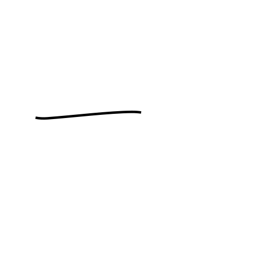
Meaning: one